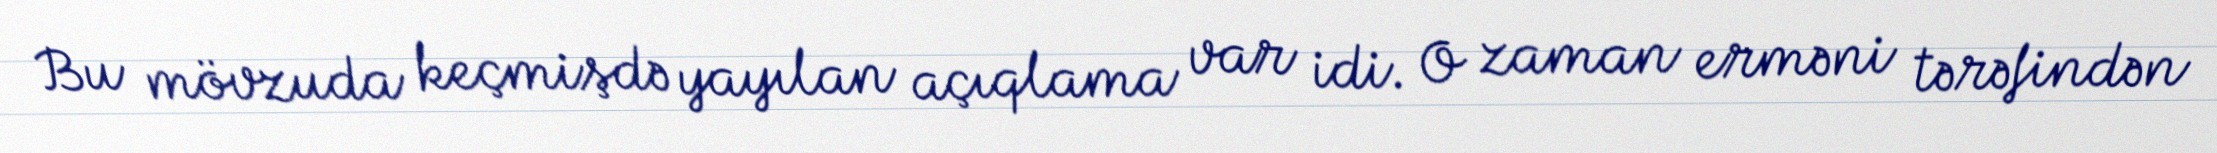
Bu mövzuda keçmişdə yayılan açıqlama var idi. O zaman erməni tərəfindən